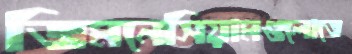
জিমনেসিয়ামগুলোতে